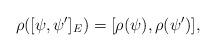
LaTeX: \begin{align*} \rho([\psi,\psi']_{E}) = [\rho(\psi),\rho(\psi')],\end{align*}